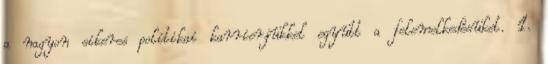
a nagyon sikeres politikai karrierjükkel együtt a felemelkedésüket. 1.